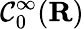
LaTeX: {\mathcal{C}}_{0}^{\infty}(\mathbf{R})